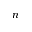
n